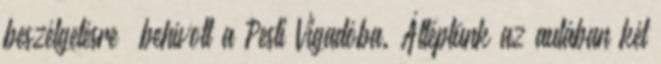
beszélgetésre” behívott a Pesti Vigadóba. Átléptünk az a­u­lában két